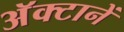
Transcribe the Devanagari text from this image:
अॅक्टानें